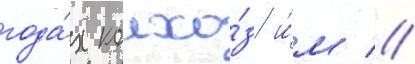
года́х колхо́з и́м //